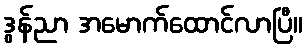
ဒွန်ညာ အမောက်ထောင်လာပြီ။